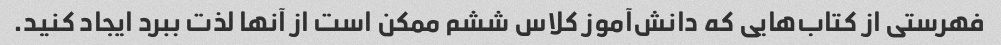
فهرستی از کتاب‌هایی که دانش‌آموز کلاس ششم ممکن است از آنها لذت ببرد ایجاد کنید.